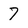
Character: 7